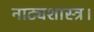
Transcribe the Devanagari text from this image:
नाट्यशास्त्र।